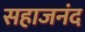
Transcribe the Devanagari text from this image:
सहाजनंद